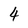
Character: 4